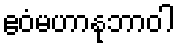
ဧဝံမဟာနုဘာဝါ